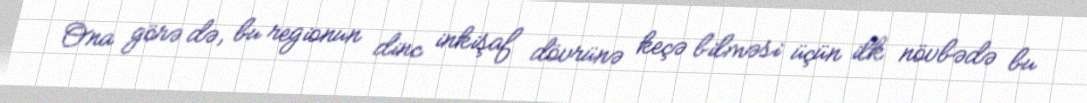
Ona görə də, bu regionun dinc inkişaf dövrünə keçə bilməsi üçün ilk növbədə bu